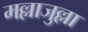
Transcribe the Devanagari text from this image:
मल्लाजुल्ला